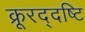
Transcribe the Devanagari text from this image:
क्रूरद्दष्टि